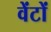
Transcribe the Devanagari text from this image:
वेंटों